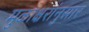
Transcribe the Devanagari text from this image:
मुळाक्षरांनुसार